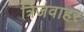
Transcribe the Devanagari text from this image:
त्रिजवाहर